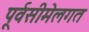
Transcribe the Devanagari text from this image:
पूर्वसीमेलगत